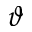
\vartheta